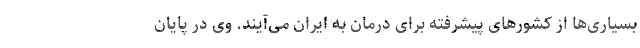
بسیاری‌ها از کشورهای پیشرفته برای درمان به ایران می‌آیند. وی در پایان